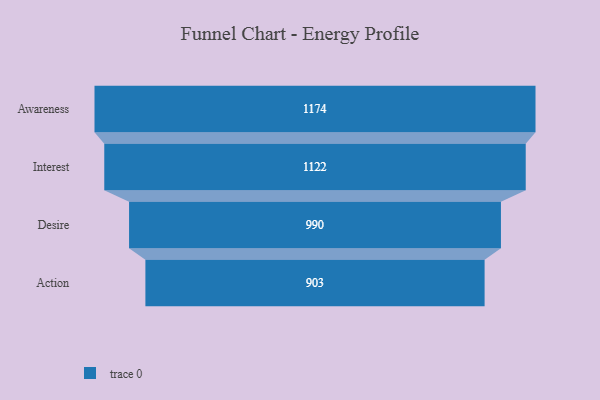
{"axis": {"x": "Stage", "y": "Value"}, "legend": [""], "data": [{"x": "Awareness", "y": 1174.0, "type": ""}, {"x": "Interest", "y": 1122.0, "type": ""}, {"x": "Desire", "y": 990.0, "type": ""}, {"x": "Action", "y": 903.0, "type": ""}]}